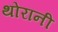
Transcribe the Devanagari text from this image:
थोरानी